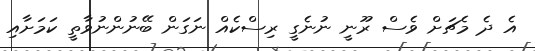
އެ ދެ މެޗަށް ވެސް ރޫނީ ނުނެގީ ރިސްކެއް ނަގަން ބޭނުންނުވާތީ ކަމަށާއި